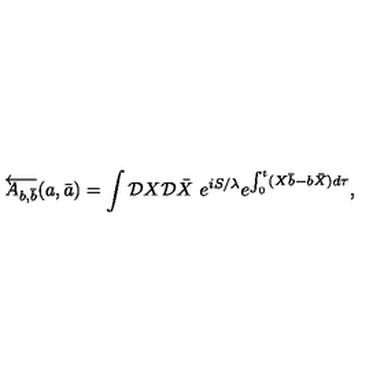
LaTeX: \overleftarrow { A _ { b , \bar { b } } } ( a , \bar { a } ) = \int { \cal D } X { \cal D } \bar { X } \ e ^ { i S / \lambda } e ^ { \int _ { 0 } ^ { t } ( X \bar { b } - b \bar { X } ) d \tau } ,